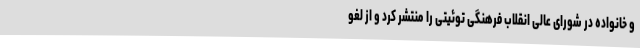
و خانواده در شورای عالی انقلاب فرهنگی توئیتی را منتشر کرد و از لغو